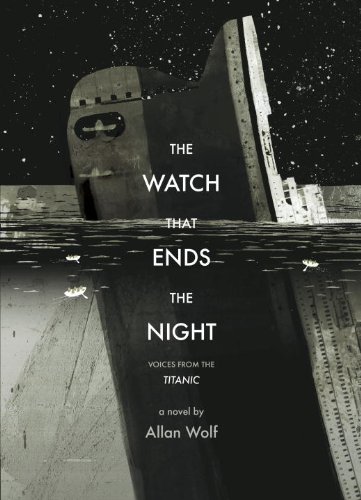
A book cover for The Watch That Ends the Night: Voices from the Titanic; Allan Wolf; Teen & Young Adult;